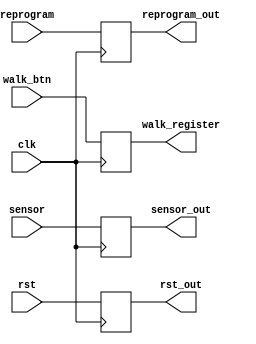
module synchronizer(clk, rst, sensor,reprogram, walk_btn, rst_out, sensor_out, walk_register, 
reprogram_out);
	input clk;
	input rst;
	input sensor;
	input reprogram;
	input walk_btn;
	output rst_out;
	output sensor_out;
	output walk_register;
	output reprogram_out;

	reg rst_out, sensor_out, walk_register, reprogram_out;
	
	initial
		begin	
			rst_out <= 0;
			sensor_out <= 0;
			walk_register <= 0; 
			reprogram_out <= 0;
		end
				
	always @ (posedge clk)
		begin
			rst_out <= rst;
			sensor_out <= sensor;
			walk_register <= walk_btn;
			reprogram_out <= reprogram;
		end

endmodule